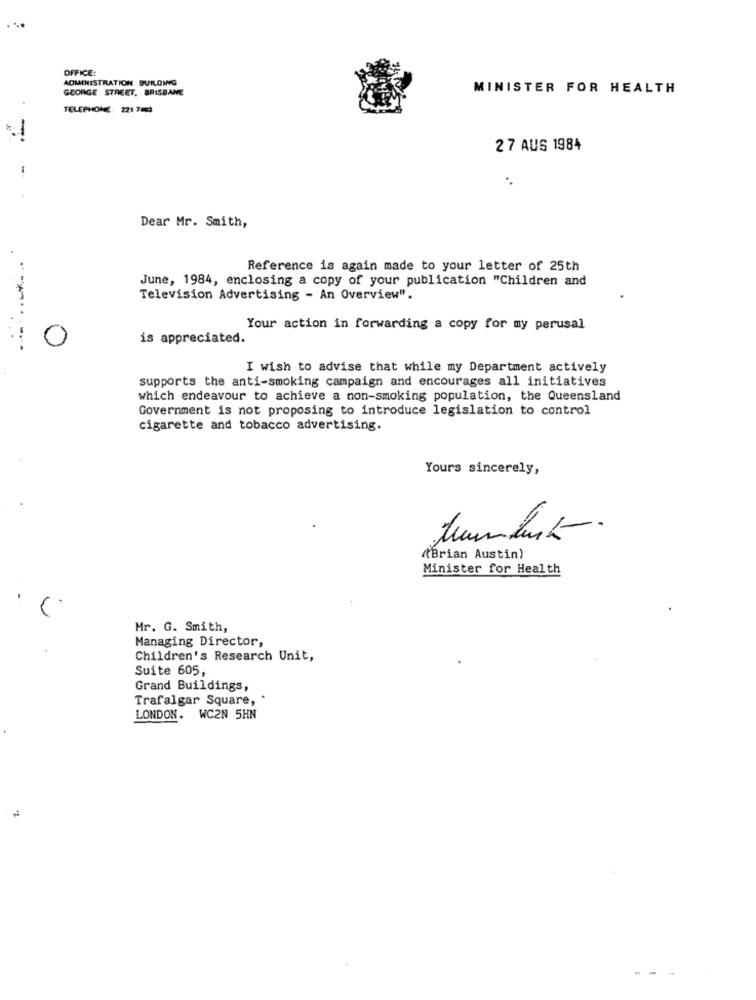
OFFICE:
ADMINISTRATION BUILDING
GEORGE STREET. BRISBANE
MINISTER FOR HEALTH
TELEPHONE, 221 7463
-
27 AUS 1984
Dear Mr. Smith,
Reference is again made to your letter of 25th
June, 1984, enclosing a copy of your publication "Children and
Television Advertising - An Overview".
Your action in forwarding a copy for my perusal
------
is appreciated.
I wish to advise that while my Department actively
supports the anti-smoking campaign and encourages all initiatives
which endeavour to achieve a non-smoking population, the Queensland
Government is not proposing to introduce legislation to control
cigarette and tobacco advertising.
Yours sincerely,
(Brian Austin)
Minister for Health
Mr. G. Smith,
Managing Director,
Children's Research Unit,
Suite 605,
Grand Buildings,
Trafalgar Square,
..
LONDON. WC2N 5HN